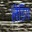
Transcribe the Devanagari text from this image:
लैडिंग